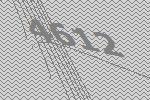
4612